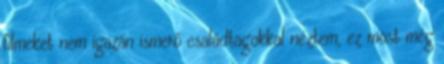
filmeket nem igazán ismerő családtagokkal néztem, ez most még